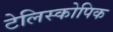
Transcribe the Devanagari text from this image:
टेलिस्कोपिक